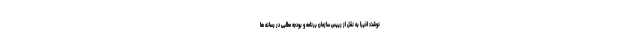
نوشت: اخیرا به نقل از رییس سازمان برنامه و بودجه مطلبی در رسانه ها